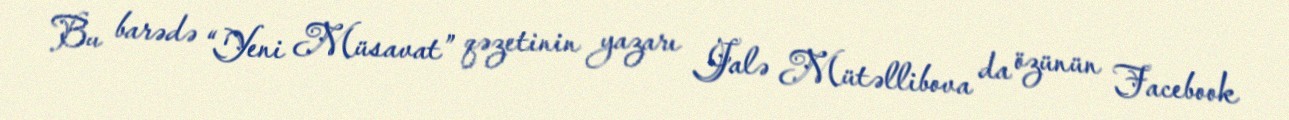
Bu barədə “Yeni Müsavat” qəzetinin yazarı Jalə Mütəllibova da özünün Facebook